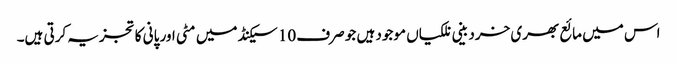
اس میں مائع بھری خردبینی نلکیاں موجود ہیں جو صرف 10 سیکنڈ میں مٹی اور پانی کا تجزیہ کرتی ہیں۔